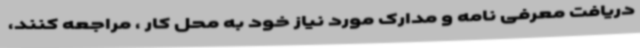
دریافت معرفی نامه و مدارک مورد نیاز خود به محل کار ، مراجعه کنند،